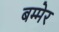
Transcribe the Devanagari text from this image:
बम्मेर